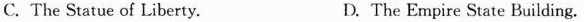
C.The Statue of Liberty. D. The Empire State Building.